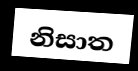
නිසාත